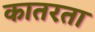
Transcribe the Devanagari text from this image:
कातरता